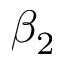
\beta _ { 2 }